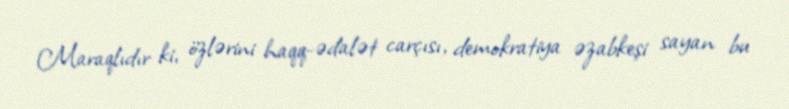
Maraqlıdır ki, özlərini haqq-ədalət carçısı, demokratiya əzabkeşi sayan bu